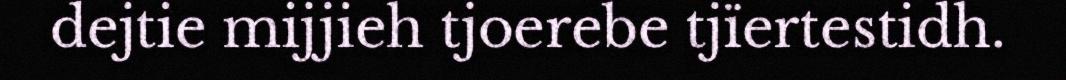
dejtie mijjieh tjoerebe tjïertestidh.